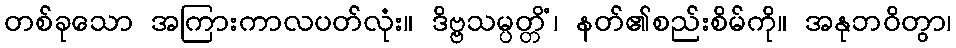
တစ်ခုသော အကြားကာလပတ်လုံး။ ဒိဗ္ဗသမ္ပတ္တိံ၊ နတ်၏စည်းစိမ်ကို။ အနုဘဝိတွာ၊